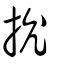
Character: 抁